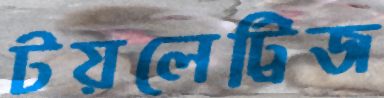
টয়লেট্রিজ